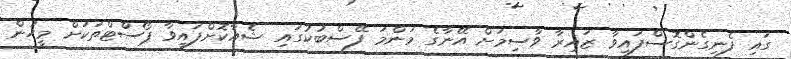
ގައި ފެނިގެންގޮސްފައިވާ ޒައިރާ ވާސިމަށް އޭނާގެ މަންމަ ފޭސްބުކުގައި ޝެއާކޮށްފައިވާ ޕޯސްޓްތަކަށް މީހުން